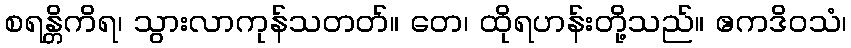
စရန္တိကိရ၊ သွားလာကုန်သတတ်။ တေ၊ ထိုရဟန်းတို့သည်။ ဧကဒိဝသံ၊